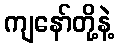
ကျနော်တို့နဲ့